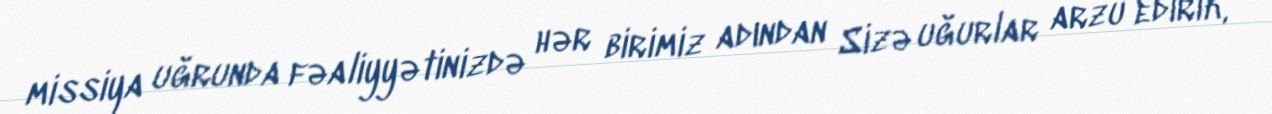
missiya uğrunda fəaliyyətinizdə hər birimiz adından Sizə uğurlar arzu edirik,